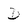
Character: D